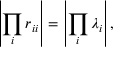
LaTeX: \left| \prod _ { i } r _ { i i } \right| = \left| \prod _ { i } \lambda _ { i } \right| ,